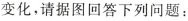
变化，请据图回答下列问题：